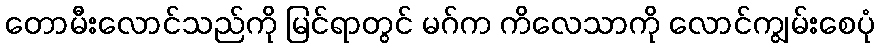
တောမီးလောင်သည်ကို မြင်ရာတွင် မဂ်က ကိလေသာကို လောင်ကျွမ်းစေပုံ